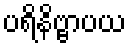
ပရိနိဗ္ဗာပယ